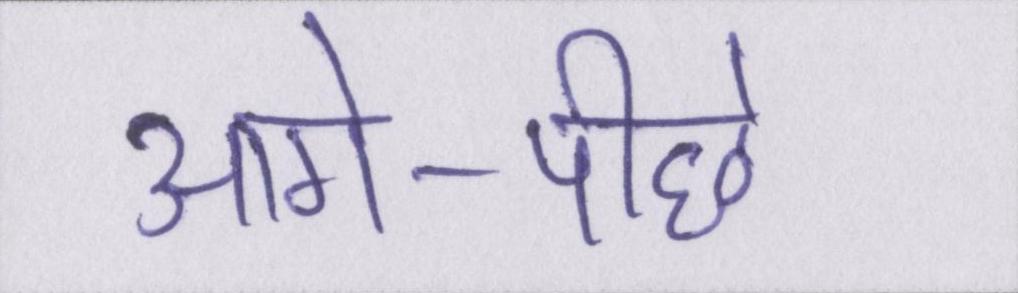
आगे-पीछे